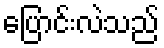
ပြောင်းလဲသည်